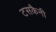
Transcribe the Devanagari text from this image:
टसकैनी